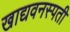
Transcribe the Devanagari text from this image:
खाद्यवनस्पती